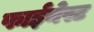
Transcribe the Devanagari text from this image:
फाईनेस्ट